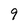
Character: 9